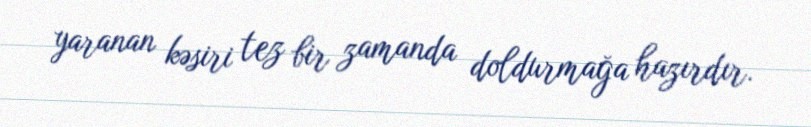
yaranan kəsiri tez bir zamanda doldurmağa hazırdır.